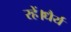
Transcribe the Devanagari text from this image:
रहें।धैर्य